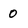
Character: 0